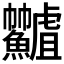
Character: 𩽟